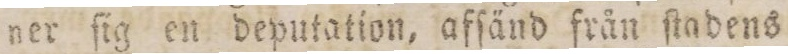
ner ſig en deputation, afſänd från ſtadens